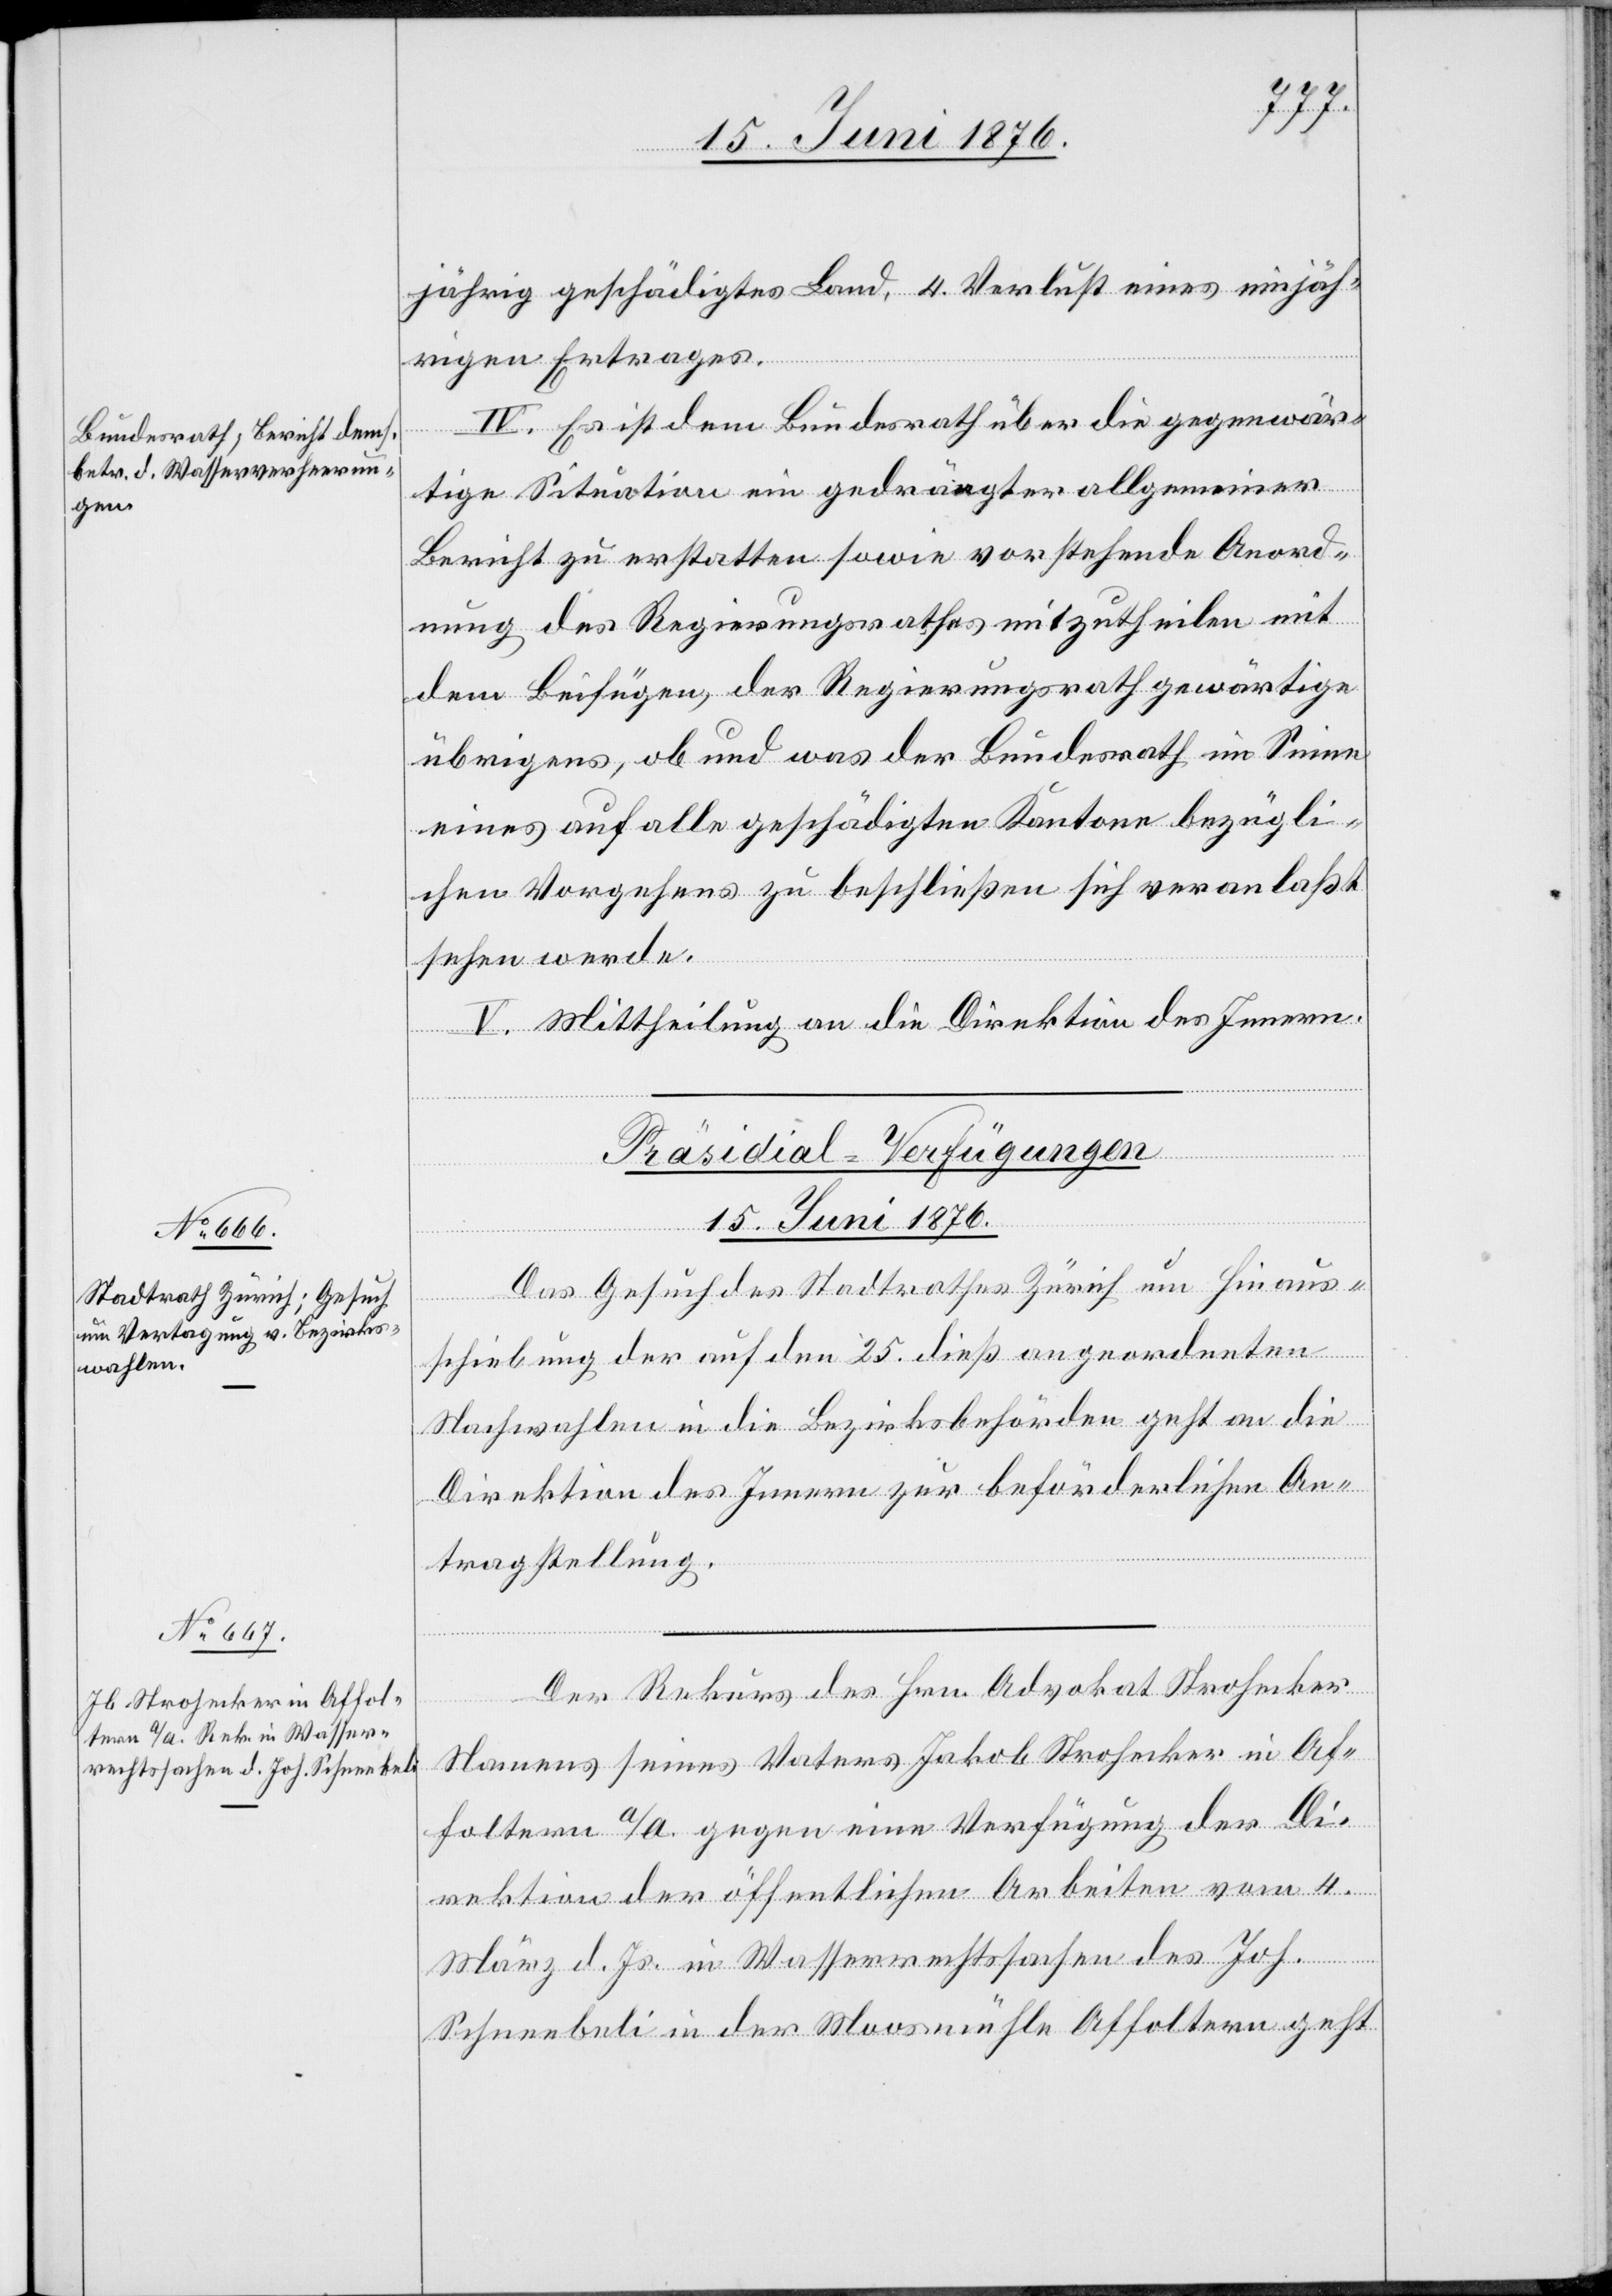
jährig geschädigtes Land, 4. Verlust eines einjäh¬
rigen Ertrages.
IV. Es ist dem Bundesrath über die gegenwär¬
tige Situation ein gedrängter allgemeiner
Bericht zu erstatten sowie vorstehende Anord¬
nung des Regierungsrathes mitzutheilen mit
dem Beifügen, der Regierungsrath gewärtige
übrigens, ob und was der Bundesrath im Sinne
eines auf alle geschädigten Kantone bezügli¬
chen Vorgehens zu beschließen sich veranlaßt
sehen werde.
V. Mittheilung an die Direktion des Innern.
[Präsidial-Verfügungen
15. Juni 1876.]
Das Gesuch des Stadtrathes Zürich um Hinaus¬
schiebung der auf den 25. dieß angeordneten
Nachwahlen in die Bezirksbehörden geht an die
Direktion des Innern zur beförderlichen An¬
tragstellung.
Der Rekurs des Hrn. Advokat Strohecker
Namens seines Vaters Jakob Strohecker in Af¬
foltern a/A. gegen eine Verfügung der Di¬
rektion der öffentlichen Arbeiten vom 4.
März d. Js. in Wasserrechtssachen des Joh.
Schneebeli in der Moosmühle Affoltern geht